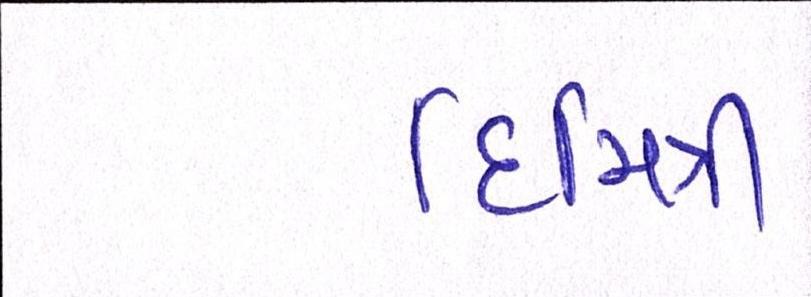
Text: દિમિત્રી